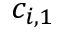
c _ { i , 1 }